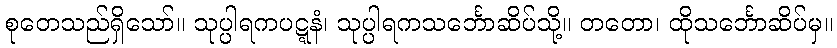
စုတေသည်ရှိသော်။ သုပ္ပါရကပဋ္ဋနံ၊ သုပ္ပါရကသင်္ဘောဆိပ်သို့။ တတော၊ ထိုသင်္ဘောဆိပ်မှ။